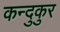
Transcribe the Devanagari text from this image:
कन्दुकुर